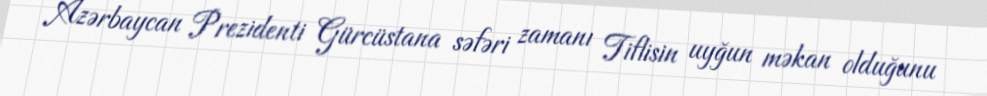
Azərbaycan Prezidenti Gürcüstana səfəri zamanı Tiflisin uyğun məkan olduğunu